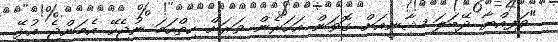
"ވަފިއްޔާ ދޭބަލަ ޝާނީއަށް ގޮވަން އަހަރެން ވަރަށް ހިތްހަމަ ނުޖެހޭ އެމަންޖެ އުޅޭ